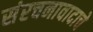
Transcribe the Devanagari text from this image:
संरचनावादाचे